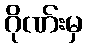
ဂိုဏ်းမှ